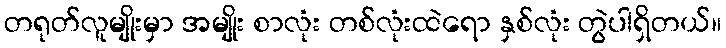
တရုတ်လူမျိုးမှာ အမျိုး စာလုံး တစ်လုံးထဲရော နှစ်လုံး တွဲပါရှိတယ်။